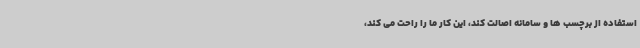
استفاده از برچسب ها و سامانه اصالت کند، این کار ما را راحت می کند،